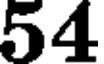
54